Reports on dispensaries and lunatic asylums in the Province of Oudh - 1869-1876
Year: 1869
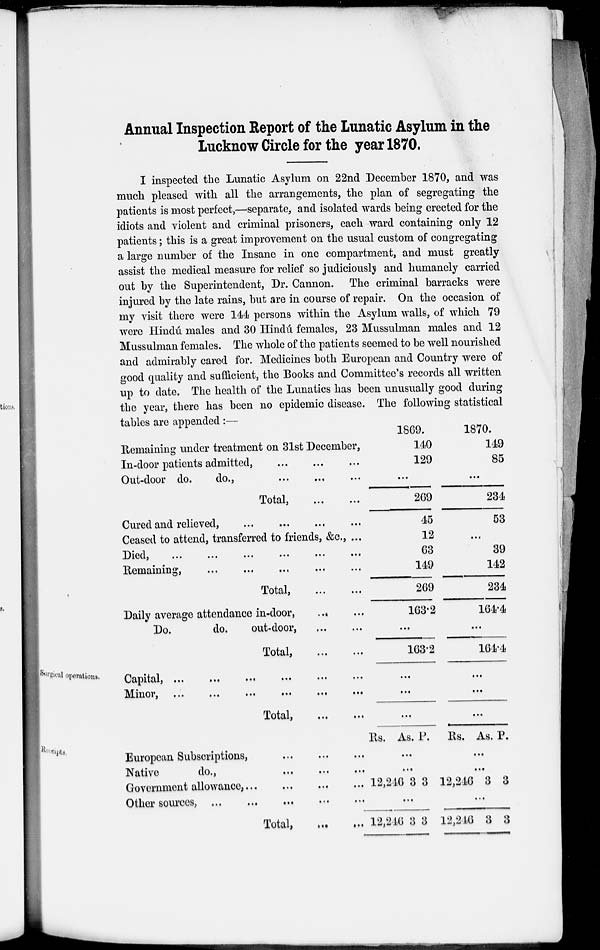
Annual Inspection Report of the Lunatic Asylum in the
Lucknow Circle for the year 1870.
I inspected the Lunatic Asylum on 22nd December 1870, and was
much pleased with all the arrangements, the plan of segregating the
patients is most perfect,—separate, and isolated wards being erected for the
idiots and violent and criminal prisoners, each ward containing only 12
patients; this is a great improvement on the usual custom of congregating
a large number of the Insane in one compartment, and must greatly
assist the medical measure for relief so judiciously and humanely carried
out by the Superintendent, Dr. Cannon. The criminal barracks were
injured by the late rains, but are in course of repair. On the occasion of
my visit there were 144 persons within the Asylum walls, of which 79
were Hindú males and 30 Hindú females, 23 Mussulman males and 12
Mussulman females. The whole of the patients seemed to be well nourished
and admirably cared for. Medicines both European and Country were of
good quality and sufficient, the Books and Committee's records all written
up to date. The health of the Lunatics has been unusually good during
the year, there has been no epidemic disease. The following statistical
tables are appended :—
Remaining under treatment on 31st December,
In-door patients admitted, ... ... ...
Out-door do.
do.,
...
...
...
Total,
...
...
Cured and relieved,
... ... ... ...
Ceased to attend, transferred to friends, &c, ...
Died,
...
...
...
...
...
...
Remaining, ... ... ... ... ...
Total,
...
...
Daily average attendance in-door, ... ...
Do.
do.
out-door,
...
...
Total,
...
...
1869.
140
129
...
269
45
12
63
149
269
163.2
...
163.2
1870.
149
85
...
234
53
...
39
142
234
164.4
...
164.4
Surgical operations.
Capital,
...
...
...
...
...
...
Minor, ...
...
...
...
...
...
Total,
...
...
...
...
...
...
...
...
Receipts.
European Subscriptions,
...
...
...
Native
do., ... ... ...
Government allowance; ... ... ... ...
Other sources, ... ... ... ... ...
Total,
... ...
Rs. As. P.
...
...
12,246 3 3
...
12,246 3 3
Rs. As. P.
...
...
12,246 3 3
...
12,246 3 3